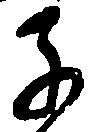
子